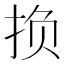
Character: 𫼨